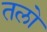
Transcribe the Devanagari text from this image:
तलो